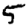
Digit: 5